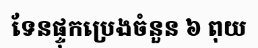
ទែនផ្ទុកប្រេងចំនួន ៦ ពុយ